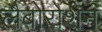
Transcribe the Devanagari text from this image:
लैबोरोशन